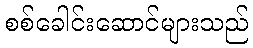
စစ်ခေါင်းဆောင်များသည်